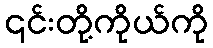
၎င်းတို့ကိုယ်ကို